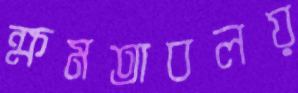
ক্ষমতাবলয়